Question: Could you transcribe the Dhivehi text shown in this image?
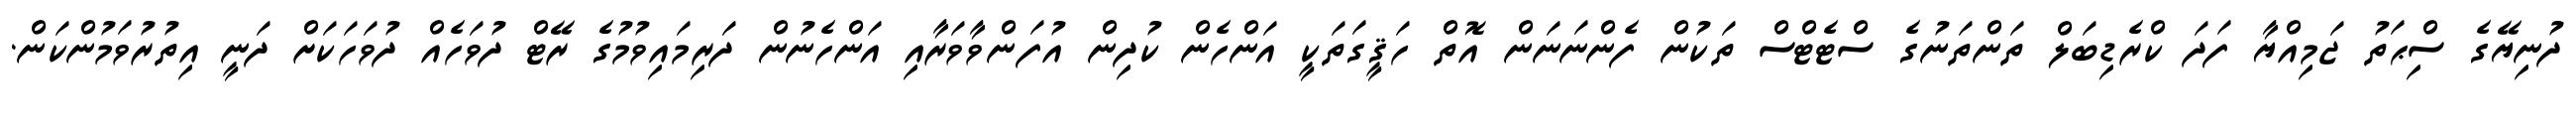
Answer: ދުނިޔޭގެ ސިްޙަތު ޖަމިއްޔާ ފަދަ ކްރެޑިބަލް ތަންތަނުގެ ސްޓެޓްސް ތަކުން ފެންނަނަން އޮތް ހަޤީގަތަކީ އަންހެން ކުދިން އުފަންވާވަރާއި އަންހެނުން ދަރިމައިވުމުގެ ރޭޓް ދުވަހެއް ދުވަހަކަށް ދަނީ އިތުރުވަމުންކަން.